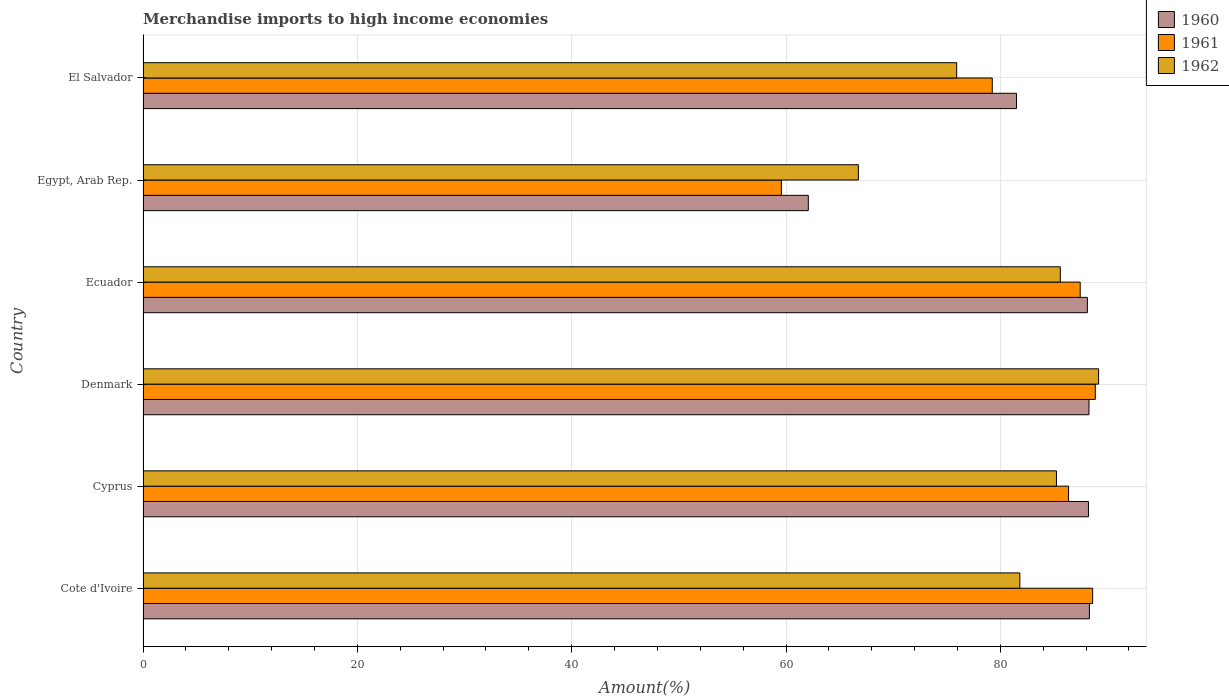
| Country | 1960 | 1961 | 1962 |
 | --- | --- | --- | --- |
 | Cote d'Ivoire | 88.3 | 88.6 | 81.8 |
 | Cyprus | 88.2 | 86.4 | 85.2 |
 | Denmark | 88.3 | 88.9 | 89.2 |
 | Ecuador | 88.1 | 87.4 | 85.6 |
 | Egypt, Arab Rep. | 62.1 | 59.6 | 66.8 |
 | El Salvador | 81.5 | 79.2 | 75.9 |